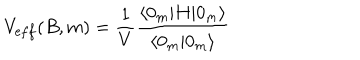
V _ { \mathrm e f f } ( B , m ) = \frac { 1 } { V } \frac { \langle 0 _ { m } | H | 0 _ { m } \rangle } { \langle 0 _ { m } | 0 _ { m } \rangle }